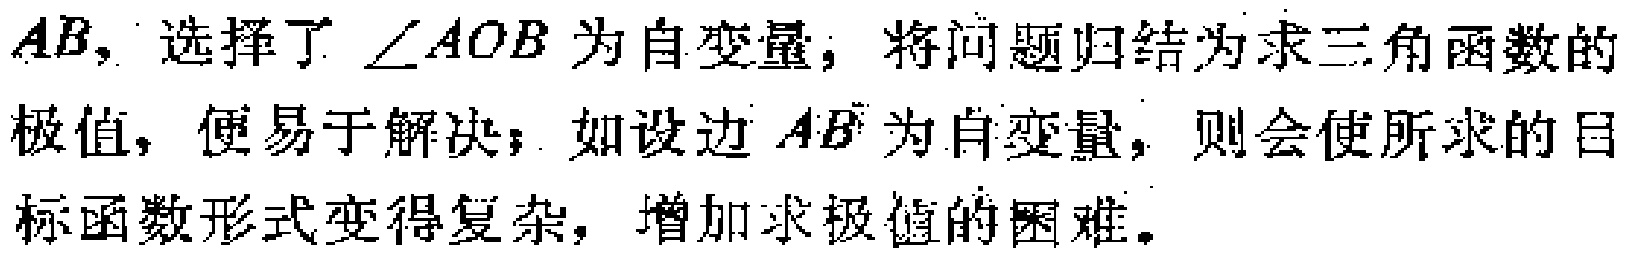
$AB$，选择了$\angle AOB$为自变量，将问题归结为求三角函数的极值，便易于解决；如设边$AB$为自变量，则会使所求的目标函数形式变得复杂，增加求极值的困难。